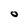
Character: 0